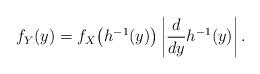
LaTeX: \begin{align*}f_Y(y) = f_X \bigl( h^{-1}(y) \bigr) \left \lvert \frac{d}{dy} h^{-1} (y) \right \rvert.\end{align*}